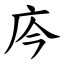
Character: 庈